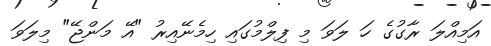
އަމިއްލަ ރާގުގެ ހަ ލަވަ މި ފިލްމުގައި ހިމެނޭއިރު "އޭ މަންޖޭ" މިލަވަ